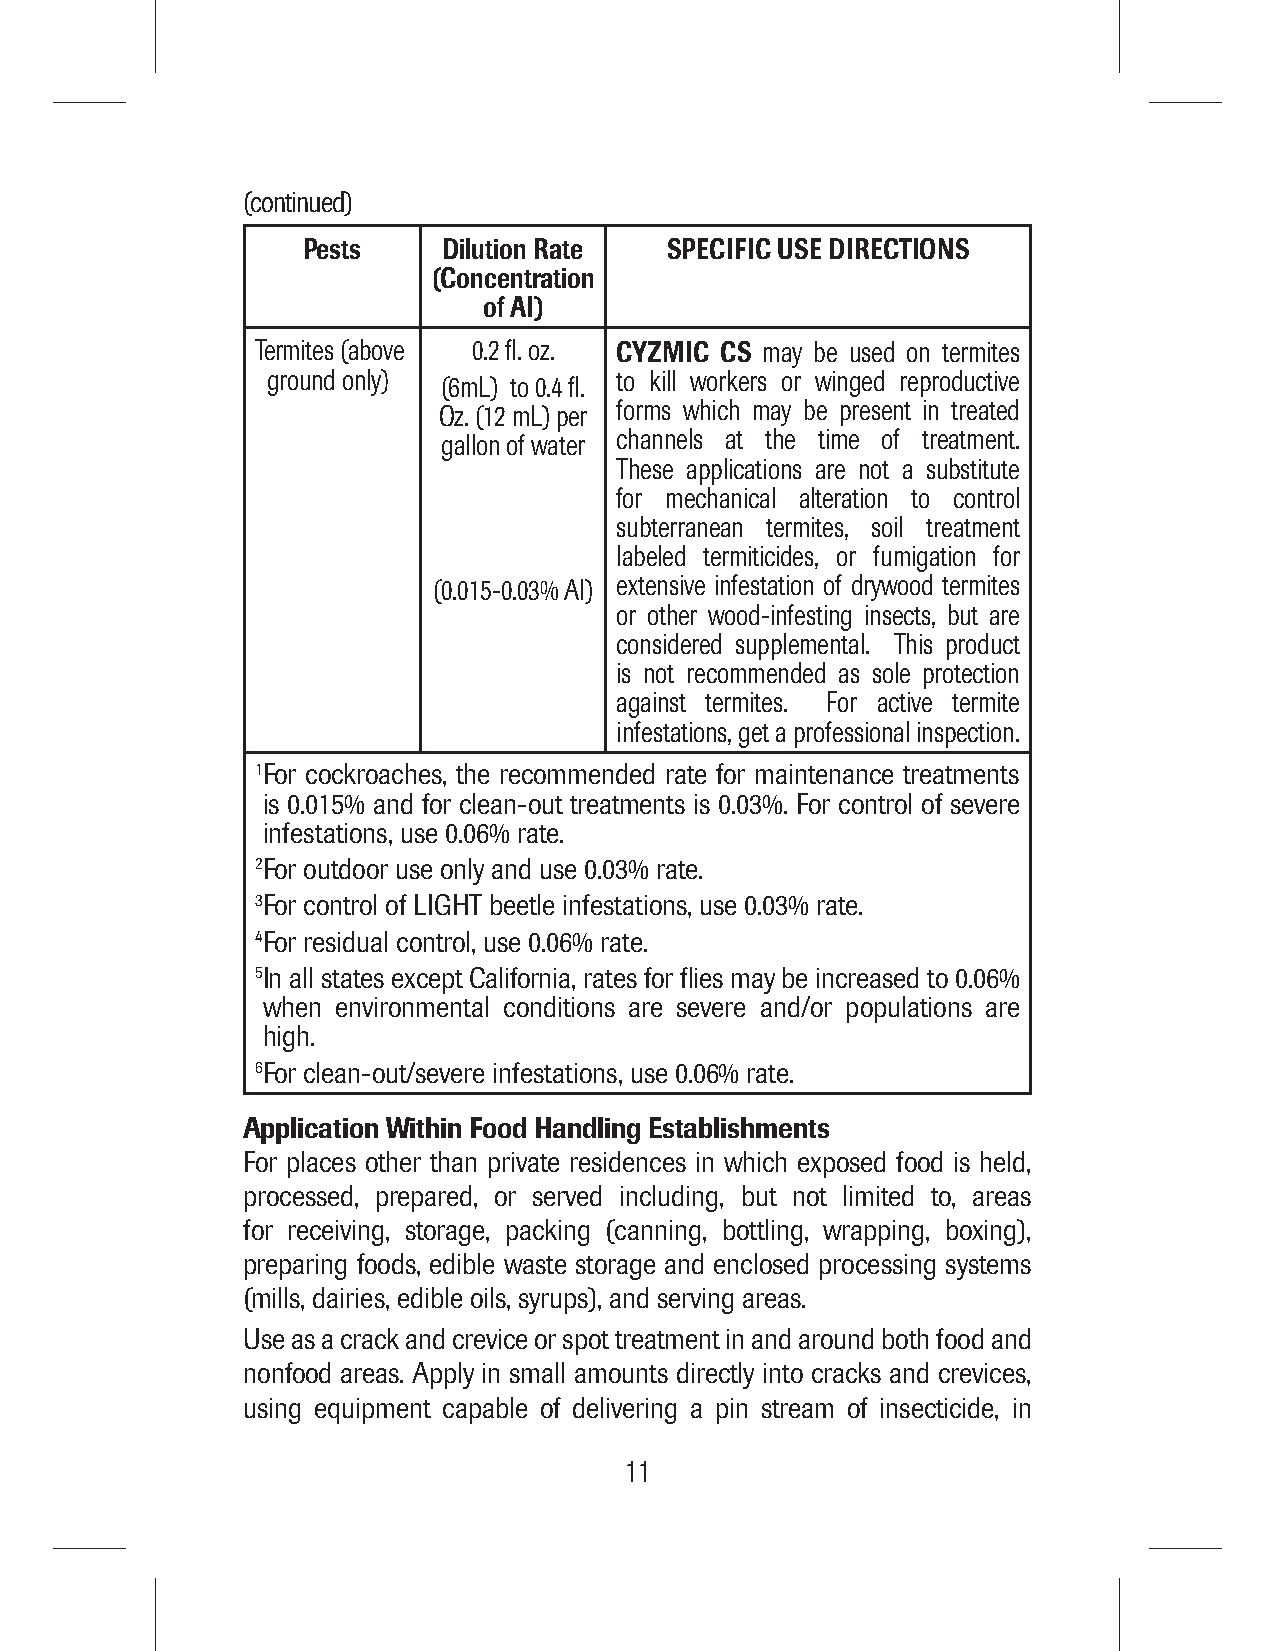
(continued)
 Pests    Dilution Rate  SPECIFIC USE DIRECTIONS
 (Concentration
 of AI)
 Termites (above 0.2 fl. oz. CYZMIC CS may be used on termites
 ground only) (6mL) to 0.4 fl. to kill workers or winged reproductive
 Oz. (12 mL) per forms which may be present in treated
 gallon of water channels at the time of treatment.
 These applications are not a substitute
 for mechanical alteration to control
 subterranean termites, soil treatment
 labeled termiticides, or fumigation for
 (0.015-0.03% AI) extensive infestation of drywood termites
 or other wood-infesting insects, but are
 considered supplemental. This product
 is not recommended as sole protection
 against termites. For active termite
 infestations, get a professional inspection.
 1F or cockroaches, the recommended rate for maintenance treatments
 is 0.015% and for clean-out treatments is 0.03%. For control of severe
 infestations, use 0.06% rate.
 2For outdoor use only and use 0.03% rate.
 3For control of LIGHT beetle infestations, use 0.03% rate.
 4For residual control, use 0.06% rate.
 5I n all states except California, rates for flies may be increased to 0.06%
 when environmental conditions are severe and/or populations are
 high.
 6For clean-out/severe infestations, use 0.06% rate.
 Application Within Food Handling Establishments
 For places other than private residences in which exposed food is held,
 processed, prepared, or served including, but not limited to, areas
 for receiving, storage, packing (canning, bottling, wrapping, boxing),
 preparing foods, edible waste storage and enclosed processing systems
 (mills, dairies, edible oils, syrups), and serving areas.
 Use as a crack and crevice or spot treatment in and around both food and
 nonfood areas. Apply in small amounts directly into cracks and crevices,
 using equipment capable of delivering a pin stream of insecticide, in
 11